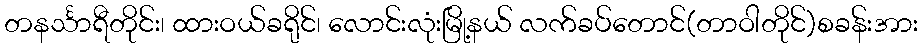
တနင်္သာရီတိုင်း၊ ထားဝယ်ခရိုင်၊ လောင်းလုံးမြို့နယ် လက်ခပ်တောင်(တာဝါတိုင်)စခန်းအား